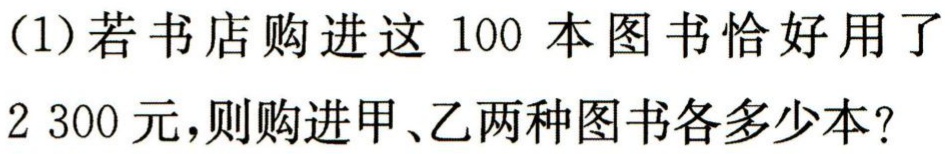
(1)若书店购进这100本图书恰好用了

2 300元，则购进甲、乙两种图书各多少本?